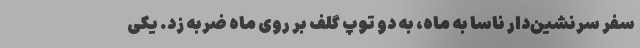
سفر سرنشین‌دار ناسا به ماه، به دو توپ گلف بر روی ماه ضربه زد. یکی